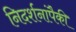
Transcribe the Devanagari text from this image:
निदर्शनांपैकी